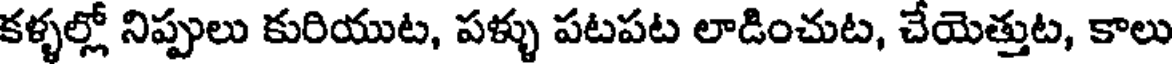
కళ్ళల్లో నిప్పులు కురియుట, పళ్ళు పటపట లాడించుట, చేయెత్తుట, కాలు